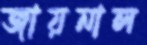
জায়নাল